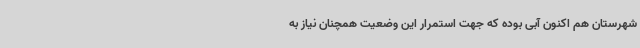
شهرستان هم اکنون آبی بوده که جهت استمرار این وضعیت همچنان نیاز به